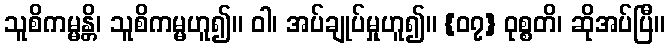
သူစိကမ္မန္တိ၊ သူစိကမ္မဟူ၍။ ဝါ၊ အပ်ချုပ်မှုဟူ၍။ {၀၇} ဝုစ္စတိ၊ ဆိုအပ်ပြီ။